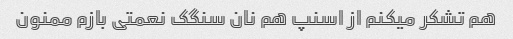
هم تشکر میکنم از اسنپ هم نان سنگک نعمتی بازم ممنون